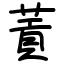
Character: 䔈